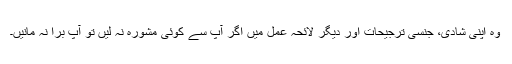
وہ اپنی شادی، جنسی ترجیحات اور دیگر لائحہ عمل میں اگر آپ سے کوئی مشورہ نہ لیں تو آپ برا نہ مانیں۔